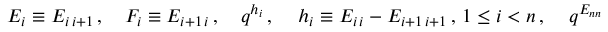
E _ { i } \equiv E _ { i \, i + 1 } \, , ~ ~ ~ F _ { i } \equiv E _ { i + 1 \, i } \, , ~ ~ ~ q ^ { h _ { i } } \, , ~ ~ ~ \, h _ { i } \equiv E _ { i \, i } - E _ { i + 1 \, i + 1 } \, , \, 1 \leq i < n \, , ~ ~ ~ \, q ^ { E _ { n n } }